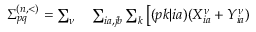
\begin{array} { r l } { \Sigma _ { p q } ^ { ( n , < ) } = \sum _ { \nu } } & { { } \sum _ { i a , j b } \sum _ { k } \left[ ( p k | i a ) ( X _ { i a } ^ { \nu } + Y _ { i a } ^ { \nu } ) \right. } \end{array}